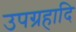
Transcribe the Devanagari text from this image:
उपग्रहादि